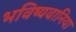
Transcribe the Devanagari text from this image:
भविष्यवानिया